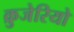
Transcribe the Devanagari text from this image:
क्रुजेरियो